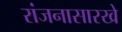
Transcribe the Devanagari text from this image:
रांजनासारखे